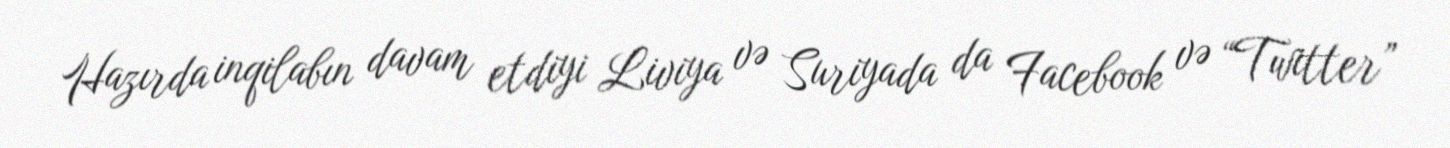
Hazırda inqilabın davam etdiyi Liviya və Suriyada da Facebook və “Twitter”